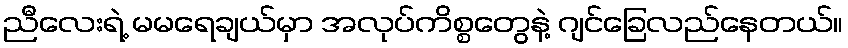
ညီလေးရဲ့ မမရေချယ်မှာ အလုပ်ကိစ္စတွေနဲ့ ဂျင်ခြေလည်နေတယ်။